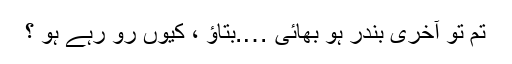
تم تو آخری بندر ہو بھائی ….بتاؤ ، کیوں رو رہے ہو ؟